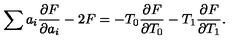
\sum a _ { i } \frac { \partial F } { \partial a _ { i } } - 2 F = - T _ { 0 } \frac { \partial F } { \partial T _ { 0 } } - T _ { 1 } \frac { \partial F } { \partial T _ { 1 } } .